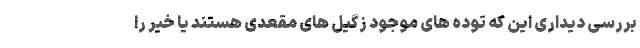
بررسی دیداری این که توده های موجود زگیل های مقعدی هستند یا خیر را